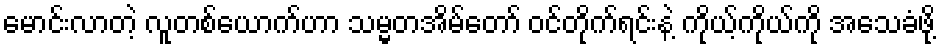
မောင်းလာတဲ့ လူတစ်ယောက်ဟာ သမ္မတအိမ်တော် ဝင်တိုက်ရင်းနဲ့ ကိုယ့်ကိုယ်ကို အသေခံဖို့